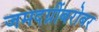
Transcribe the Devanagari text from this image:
जमदग्नींबरोबर